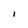
Character: I